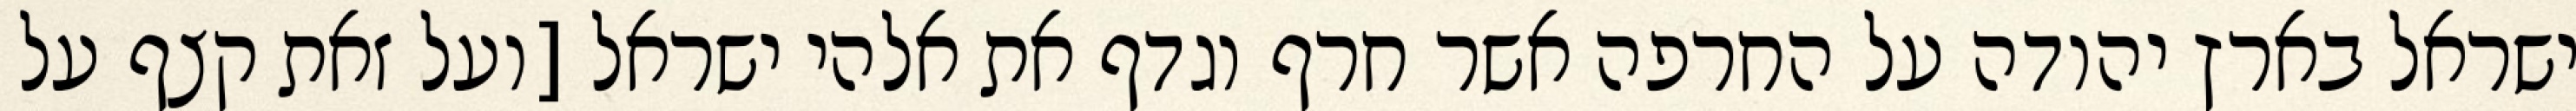
ישראל בארץ יהודה על החרפה אשר חרף וגדף את אלהי ישראל [ועל זאת קצף על